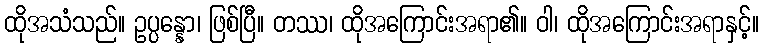
ထိုအသံသည်။ ဥပ္ပန္နော၊ ဖြစ်ပြီ။ တဿ၊ ထိုအကြောင်းအရာ၏။ ဝါ၊ ထိုအကြောင်းအရာနှင့်။